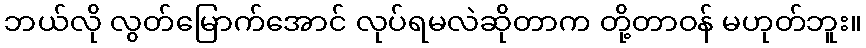
ဘယ်လို လွတ်မြောက်အောင် လုပ်ရမလဲဆိုတာက တို့တာဝန် မဟုတ်ဘူး။